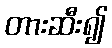
တားဆီး၍